Lunatic asylums in Bengal annual reports 1888-1898 - 1888-1898
Year: 1888
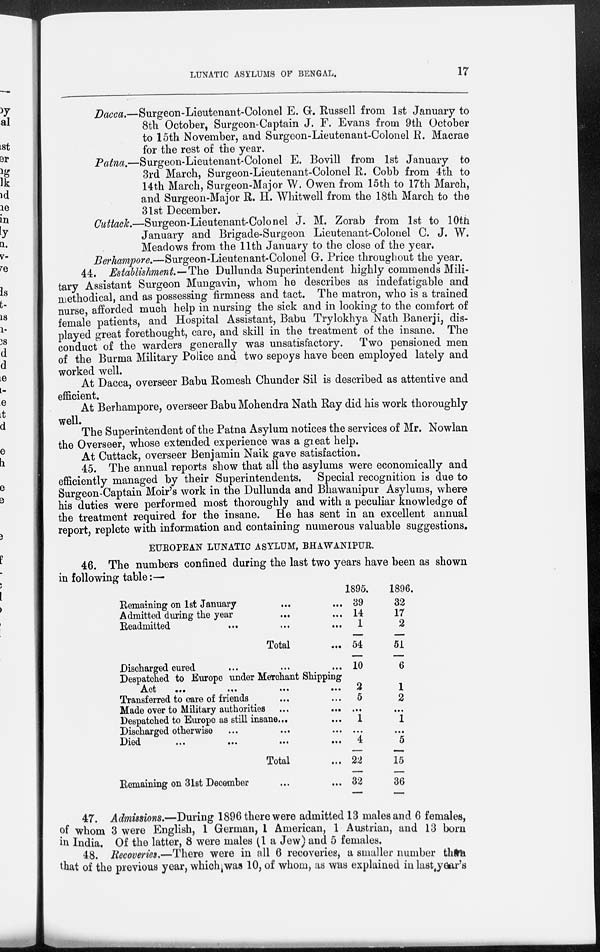
LUNATIC ASYLUMS OF BENGAL.
17
Dacca.—Surgeon-Lieutenant-Colonel E. G. Russell from 1st January to
8th October, Surgeon-Captain J. F. Evans from 9th October
to 15th November, and Surgeon-Lieutenant-Colonel R. Macrae
for the rest of the year.
Patna.—Surgeon-Lieutenant-Colonel E. Bovill from 1st January to
3rd March, Surgeon-Lieutenant-Colonel R. Cobb from 4th to
14th March, Surgeon-Major W. Owen from 15th to 17th March,
and Surgeon-Major R. H. Whitwell from the 18th March to the
31st December.
Cuttack.—Surgeon-Lieutenant-Colonel J. M. Zorab from 1st to 10th
January and Brigade-Surgeon Lieutenant-Colonel C. J. W.
Meadows from the 11th January to the close of the year.
Berhampore.—Surgeon-Lieutenant-Colonel G. Price throughout the year.
44. Establishment.—The Dullunda Superintendent highly commends Mili-
tary Assistant Surgeon Mungavin, whom he describes as indefatigable and
methodical, and as possessing firmness and tact. The matron, who is a trained
nurse, afforded much help in nursing the sick and in looking to the comfort of
female patients, and Hospital Assistant, Babu Trylokhya Nath Banerji, dis-
played great forethought, care, and skill in the treatment of the insane. The
conduct of the warders generally was unsatisfactory. Two pensioned men
of the Burma Military Police and two sepoys have been employed lately and
worked well.
At Dacca, overseer Babu Romesh Chunder Sil is described as attentive and
efficient.
At Berhampore, overseer Babu Mohendra Nath Ray did his work thoroughly
well.
The Superintendent of the Patna Asylum notices the services of Mr. Nowlan
the Overseer, whose extended experience was a great help.
At Cuttack, overseer Benjamin Naik gave satisfaction.
45. The annual reports show that all the asylums were economically and
efficiently managed by their Superintendents. Special recognition is due to
Surgeon-Captain Moir's work in the Dullunda and Bhawanipur Asylums, where
his duties were performed most thoroughly and with a peculiar knowledge of
the treatment required for the insane. He has sent in an excellent annual
report, replete with information and containing numerous valuable suggestions.
EUROPEAN LUNATIC ASYLUM, BHAWANIPUR.
46. The numbers confined during the last two years have been as shown
in following table:—
Remaining on 1st January
... ...
Admitted during the year ... ...
Readmitted ... ... ...
Total ...
Discharged cured
...
...
...
Despatched to Europe under Merchant Shipping
Act
...
...
...
...
Transferred to care of friends ... ...
Made over to Military authorities ... ...
Despatched to Europe as still insane... ...
Discharged otherwise ... ... ...
Died
...
...
...
...
Total ...
Remaining on 31st December ... ...
1895.
39
14
1
54
10
2
5
...
1
...
4
22
32
1896.
32
17
2
51
6
1
2
...
1
...
5
15
36
47. Admissions.—During 1896 there were admitted 13 males and 6 females,
of whom 3 were English, 1 German, 1 American, 1 Austrian, and 13 born
in India. Of the latter, 8 were males (1a Jew) and 5 females.
48. Recoveries.—There were in all 6 recoveries, a smaller number than
that of the previous year, which was 10, of whom, as was explained in last year's